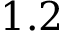
1 . 2